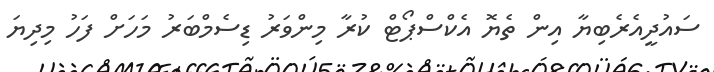
ސައުދީއެރެބިޔާ އިން ތެޔޮ އެކްސްޕޯޓް ކުރާ މިންވަރު ޑިސެމްބަރު މަހަށް ފަހު މިދިޔަ